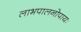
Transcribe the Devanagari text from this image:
लाभपालनोपायः